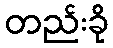
တည်းခို